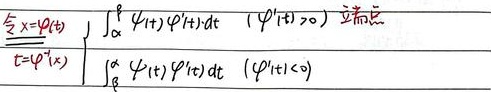
令\(x = \varphi(t)\)，\(t=\varphi^{-1}(x)\)，有
\(\begin{cases}
\int_{\alpha}^{\beta}\psi(t)\varphi'(t)\mathrm{d}t\quad (\varphi'(t)>0)\text{ 端点}\\
\int_{\alpha}^{\beta}\psi(t)\varphi'(t)\mathrm{d}t\quad (\varphi'(t)<0)
\end{cases}\)